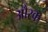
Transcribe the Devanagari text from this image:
औरक